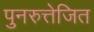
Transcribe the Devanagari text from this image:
पुनरुत्तेजित